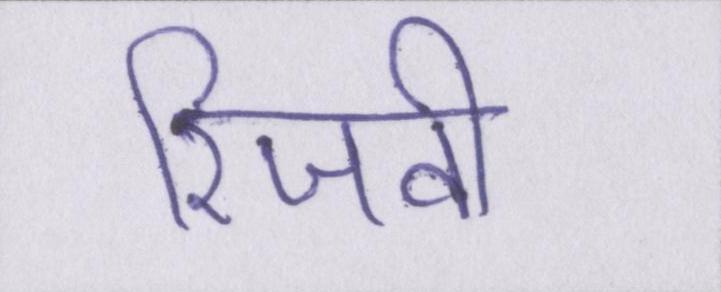
रिजवी